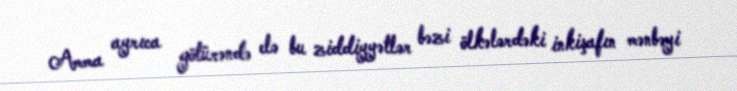
Amma ayrıca götürəndə elə bu ziddiyyətlər bəzi ölkələrdəki inkişafın mənbəyi